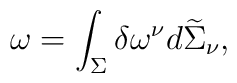
\omega = \int_{\Sigma} \delta \omega^{\nu}d\widetilde{\Sigma}_{\nu},